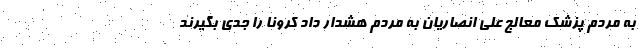
به مردم پزشک معالج علی انصاریان به مردم هشدار داد کرونا را جدی بگیرند